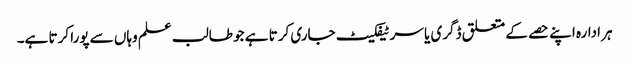
ہر ادارہ اپنے حصے کے متعلق ڈگری یا سرٹیفکیٹ جاری کرتا ہے جو طالب علم وہاں سے پورا کرتا ہے۔